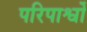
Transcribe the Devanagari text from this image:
परिपार्श्वों